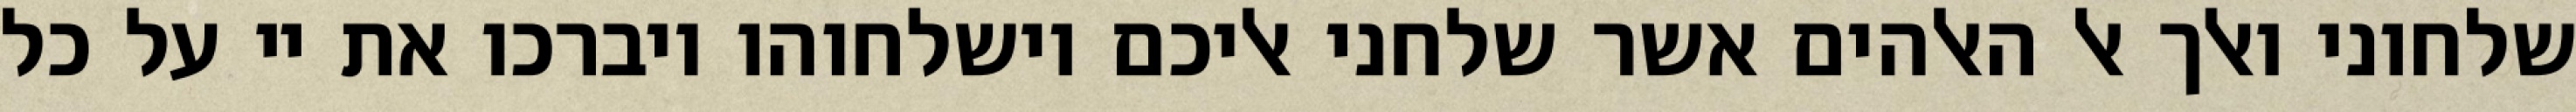
שלחוני ואלך אל האלהים אשר שלחני אליכם וישלחוהו ויברכו את יי על כל